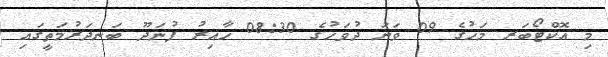
މި އޮކްޓޯބަރ މަހުގެ 09 ވަނަ ދުވަހުގެ 08:30 ހާއިރު ފުނަދޫ ބަނދަރުމަތީގައި